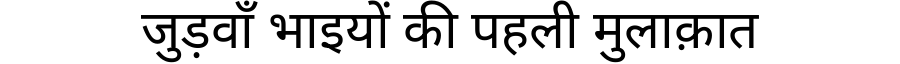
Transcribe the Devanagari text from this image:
जुड़वाँ भाइयों की पहली मुलाक़ात